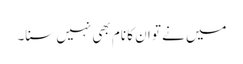
میں نے تو ان کا نام بھی نہیں سنا۔